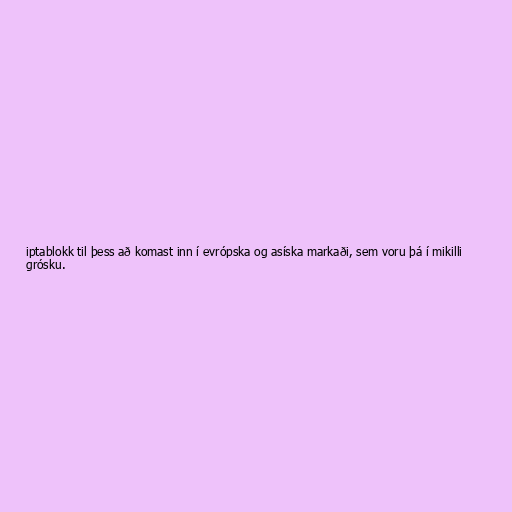
iptablokk til þess að komast inn í evrópska og asíska markaði, sem voru þá í mikilli
grósku.